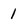
Character: 1